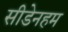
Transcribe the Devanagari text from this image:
सीडेनहम